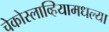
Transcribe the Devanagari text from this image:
चेकोस्लाव्हियामधल्या